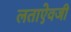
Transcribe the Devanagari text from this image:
लताऐवजी